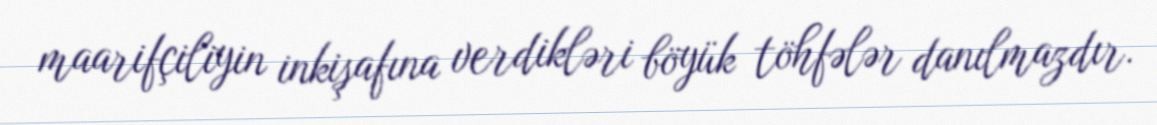
maarifçiliyin inkişafına verdikləri böyük töhfələr danılmazdır.